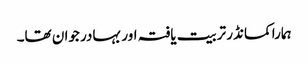
ہمارا کمانڈر تربیت یافتہ اور بہادر جوان تھا۔